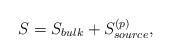
LaTeX: \begin{align*}S = S_{bulk} + S^{(p)}_{source},\end{align*}